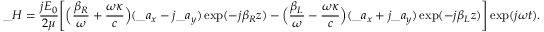
\_ H = { \frac { j E _ { 0 } } { 2 \mu } } \Bigg [ \Big ( { \frac { \beta _ { \/ R } } { \omega } } + { \frac { \omega \kappa } { c } } \Big ) ( \_ a _ { x } - j \_ a _ { y } ) \exp ( - j \beta _ { \/ R } z ) - \Big ( { \frac { \beta _ { \/ L } } { \omega } } - { \frac { \omega \kappa } { c } } \Big ) ( \_ a _ { x } + j \_ a _ { y } ) \exp ( - j \beta _ { \/ L } z ) \Bigg ] \exp ( j \omega t ) .